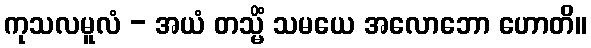
ကုသလမူလံ - အယံ တသ္မိံ သမယေ အလောဘော ဟောတိ။